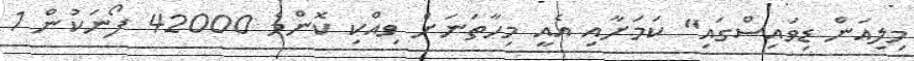
މިލިއަން ޑިވައިސްގައި" ކަމަށާއި އެއީ މިހާތަނަށް ވިއްކި ކޮންމެ 42000 ފޯނަކުން 1